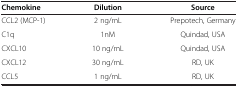
| Chemokine | Dilution | Source |
 | --- | --- | --- |
 | CCL2 (MCP-1) | 2 ng/mL | Prepotech, Germany |
 | C1q | 1nM | Quindad, USA |
 | CXCL10 | 10 ng/mL | Quindad, USA |
 | CXCL12 | 30 ng/mL | RD, UK |
 | CCL5 | 1 ng/mL | RD, UK |